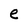
Character: e